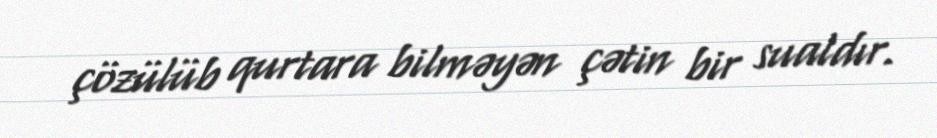
çözülüb qurtara bilməyən çətin bir sualdır.